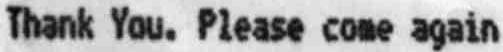
THANK YOU. PLEASE COME AGAIN